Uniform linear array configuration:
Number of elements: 12
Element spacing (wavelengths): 1
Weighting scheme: hann
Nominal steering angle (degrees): -30
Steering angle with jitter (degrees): -30.338
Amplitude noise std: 0.05
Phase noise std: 0.05

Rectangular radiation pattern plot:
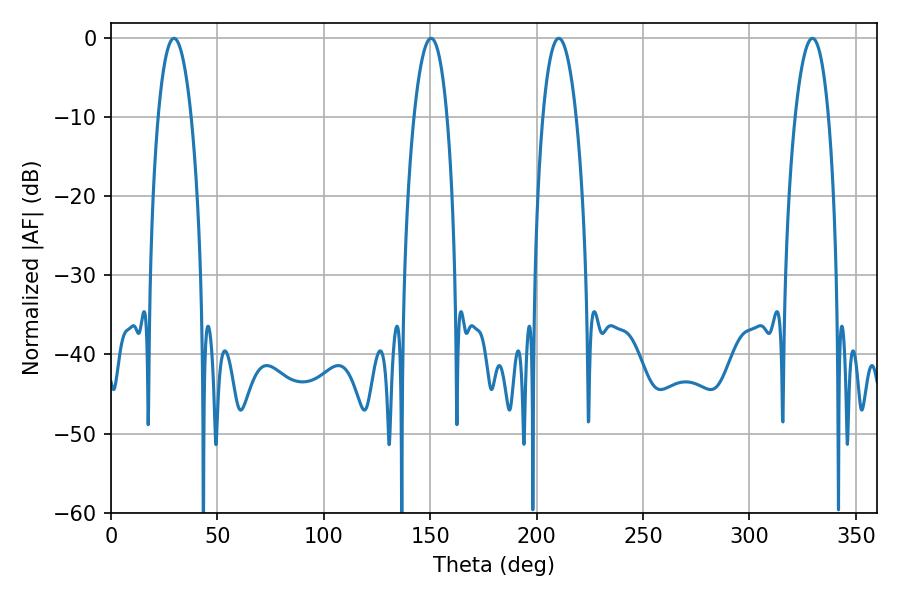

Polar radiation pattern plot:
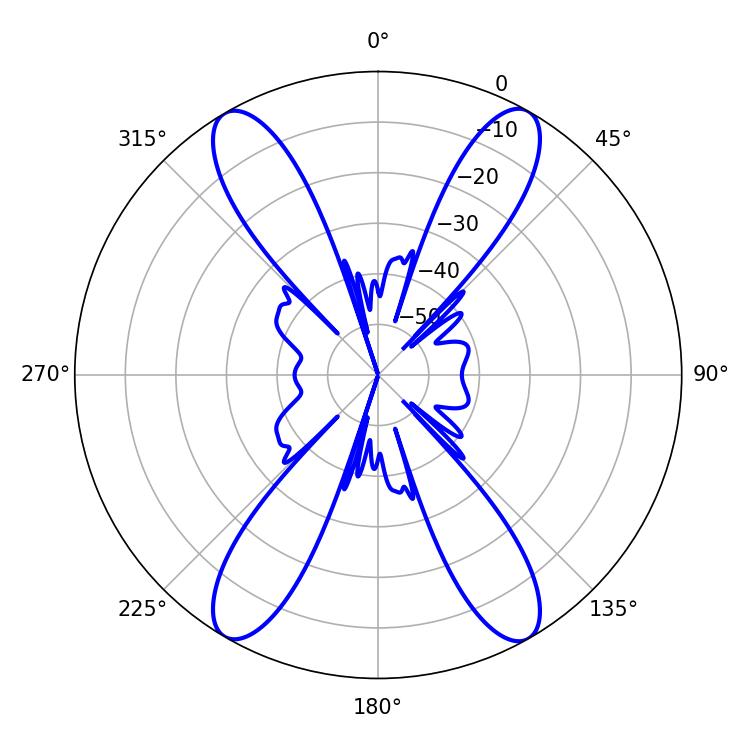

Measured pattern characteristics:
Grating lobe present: TRUE
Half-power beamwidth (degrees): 8.82
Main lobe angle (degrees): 210.42